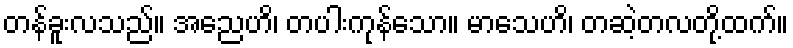
တန်ခူးလသည်။ အညေဟိ၊ တပါးကုန်သော။ မာသေဟိ၊ တဆဲ့တလတို့ထက်။